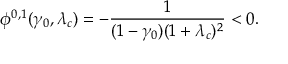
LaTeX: \phi ^ { 0 , 1 } ( \gamma _ { 0 } , \lambda _ { c } ) = - \frac { 1 } { ( 1 - \gamma _ { 0 } ) ( 1 + \lambda _ { c } ) ^ { 2 } } < 0 .